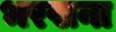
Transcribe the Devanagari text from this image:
भरखना